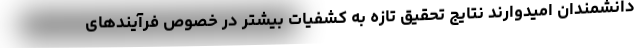
دانشمندان امیدوارند نتایج تحقیق تازه به کشفیات بیشتر در خصوص فرآیندهای